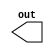
module clock #(parameter period = 10) 
	(output out);

 reg out;
 initial
	 out = 1'b0;
 always
 begin
	 #period out = ~out;
 end
endmodule